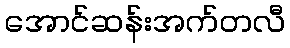
အောင်ဆန်းအက်တလီ